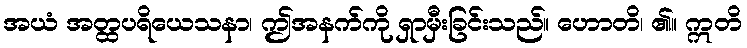
အယံ အတ္ထပရိယေသနာ၊ ဤအနက်ကို ရှာမှီးခြင်းသည်။ ဟောတိ၊ ၏။ ဣတိ